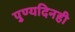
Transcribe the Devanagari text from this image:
पुण्यदिनही